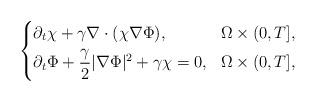
LaTeX: \begin{align*} \left\{\begin{aligned} & \partial_t\chi+\gamma\nabla\cdot(\chi\nabla\Phi), & \Omega\times(0,T], \\ & \partial_t\Phi+\frac{\gamma}{2}\lvert\nabla\Phi\rvert^2+\gamma\chi=0, & \Omega\times(0,T], \end{aligned}\right.\end{align*}